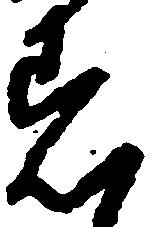
着